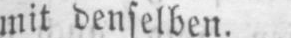
mit denselben.